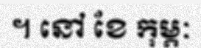
។ នៅ ខែ កុម្ភៈ